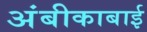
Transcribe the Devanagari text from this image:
अंबीकाबाई